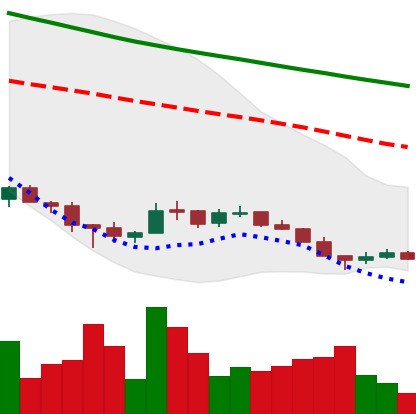
Ticker: ADA-USD
Chart end date: 2018-12-10
Forward return: -6.387%
Label: down_5_7